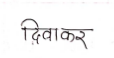
मजकूर: दिवाकर